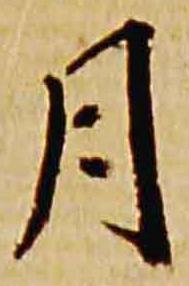
月